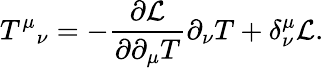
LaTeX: T^{\mu}{}_{\nu}=-{\frac{\partial{\cal L}}{\partial\partial_{\mu}T}}\partial_{\nu}T+\delta_{\nu}^{\mu}{\cal L}.